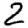
Digit: 2